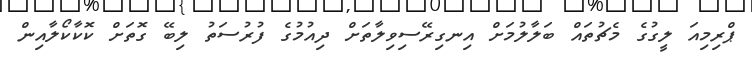
ޕްރިމިއަ ލީގުގެ މެޗުތައް ބަލާލުމަށް އިނގިރޭސިވިލާތަށް ދިއުމުގެ ފުރުސަތު ލިބޭ ގޮތަށް ކޮކާކޯލާއިން